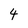
Character: 4